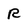
Character: R